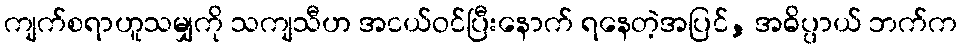
ကျက်စရာဟူသမျှကို သကျသီဟ အငယ်ဝင်ပြီးနောက် ရနေတဲ့အပြင်, အဓိပ္ပာယ် ဘက်က